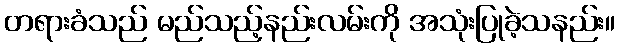
တရားခံသည် မည်သည့်နည်းလမ်းကို အသုံးပြုခဲ့သနည်း။